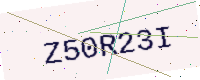
Text: Z50R23I